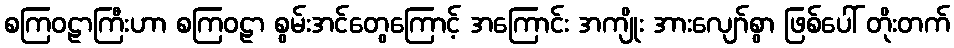
စကြဝဠာကြီးဟာ စကြဝဠာ စွမ်းအင်တွေကြောင့် အကြောင်း အကျိုး အားလျော်စွာ ဖြစ်ပေါ် တိုးတက်